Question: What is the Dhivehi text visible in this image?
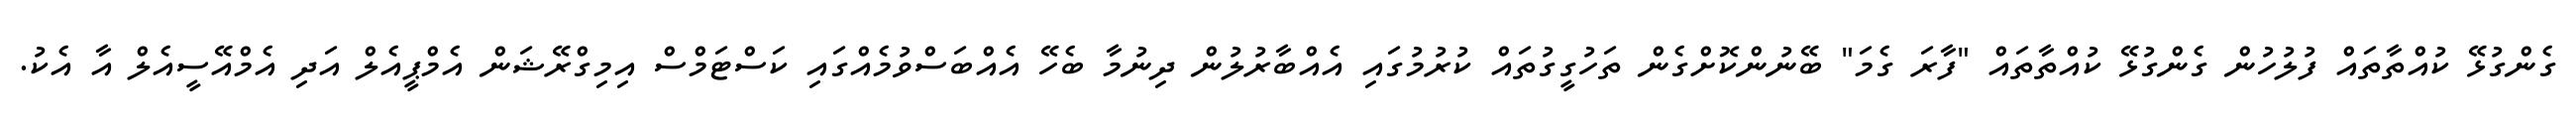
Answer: ގެންގުޅޭ ކުއްތާތައް ފުލުހުން ގެންގުޅޭ ކުއްތާތައް "ފާރަ ގެމަ" ބޭނުންކޮށްގެން ތަހުގީގުތައް ކުރުމުގައި އެއްބާރުލުން ދިނުމާ ބެހޭ އެއްބަސްވުމެއްގައި ކަސްޓަމްސް އިމިގްރޭޝަން އެމްޕީއެލް އަދި އެމްއޭސީއެލް އާ އެކު.